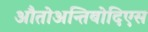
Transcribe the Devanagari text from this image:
औतोअन्तिबोदिएस